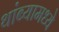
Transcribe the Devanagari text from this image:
थांब्यामध्ये